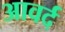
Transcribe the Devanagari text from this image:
आवर्द